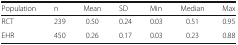
<table><thead><tr><td><b>Population</b></td><td><b>n</b></td><td><b>Mean</b></td><td><b>SD</b></td><td><b>Min</b></td><td><b>Median</b></td><td><b>Max</b></td></tr></thead><tbody><tr><td>RCT</td><td>239</td><td>0.50</td><td>0.24</td><td>0.03</td><td>0.51</td><td>0.95</td></tr><tr><td>EHR</td><td>450</td><td>0.26</td><td>0.17</td><td>0.03</td><td>0.23</td><td>0.88</td></tr></tbody></table>